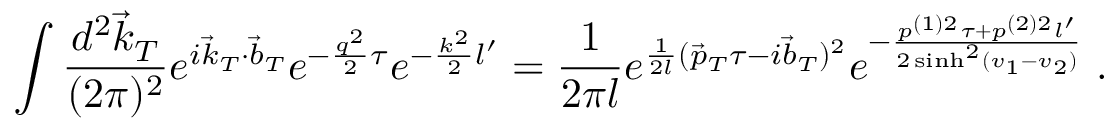
\int \frac { d ^ { 2 } \vec { k } _ { T } } { ( 2 \pi ) ^ { 2 } } e ^ { i \vec { k } _ { T } \cdot \vec { b } _ { T } } e ^ { - \frac { q ^ { 2 } } 2 \tau } e ^ { - \frac { k ^ { 2 } } 2 l ^ { \prime } } = \frac 1 { 2 \pi l } e ^ { \frac 1 { 2 l } ( \vec { p } _ { T } \tau - i \vec { b } _ { T } ) ^ { 2 } } e ^ { - \frac { p ^ { ( 1 ) 2 } \tau + p ^ { ( 2 ) 2 } l ^ { \prime } } { 2 \sinh ^ { 2 } ( v _ { 1 } - v _ { 2 } ) } } \; .